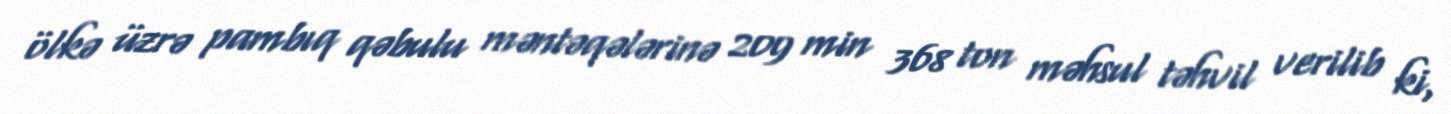
ölkə üzrə pambıq qəbulu məntəqələrinə 209 min 368 ton məhsul təhvil verilib ki,